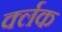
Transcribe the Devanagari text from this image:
र्क्लक